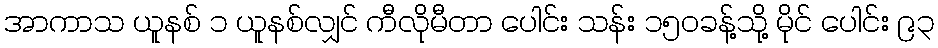
အာကာသ ယူနစ် ၁ ယူနစ်လျှင် ကီလိုမီတာ ပေါင်း သန်း ၁၅၀ခန့်သို့ မိုင် ပေါင်း ၉၃